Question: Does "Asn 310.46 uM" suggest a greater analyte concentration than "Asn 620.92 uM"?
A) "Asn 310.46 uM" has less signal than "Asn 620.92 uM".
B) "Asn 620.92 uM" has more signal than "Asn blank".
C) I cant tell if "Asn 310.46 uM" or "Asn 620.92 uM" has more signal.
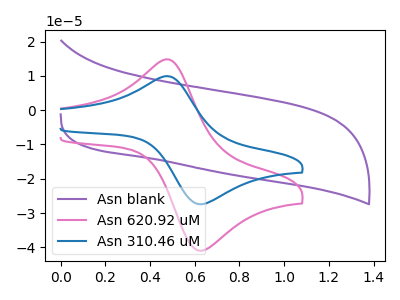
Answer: <think>The purple curve "Asn blank" has no peaks. The pink curve "Asn 620.92 uM" has an anodic peak at (0.50V, 14.80uA) and a cathodic peak at (0.65V, -40.80uA). The blue curve "Asn 310.46 uM" has an anodic peak at (0.50V, 9.90uA) and a cathodic peak at (0.65V, -27.30uA).
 All the peaks in "Asn 310.46 uM" have a peak in "Asn 620.92 uM" at the same potential. Every peak in "Asn 310.46 uM" is lower than every peak in "Asn 620.92 uM".</think>
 <answer>A) "Asn 310.46 uM" has less signal than "Asn 620.92 uM".</answer>
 <eval>A</eval>